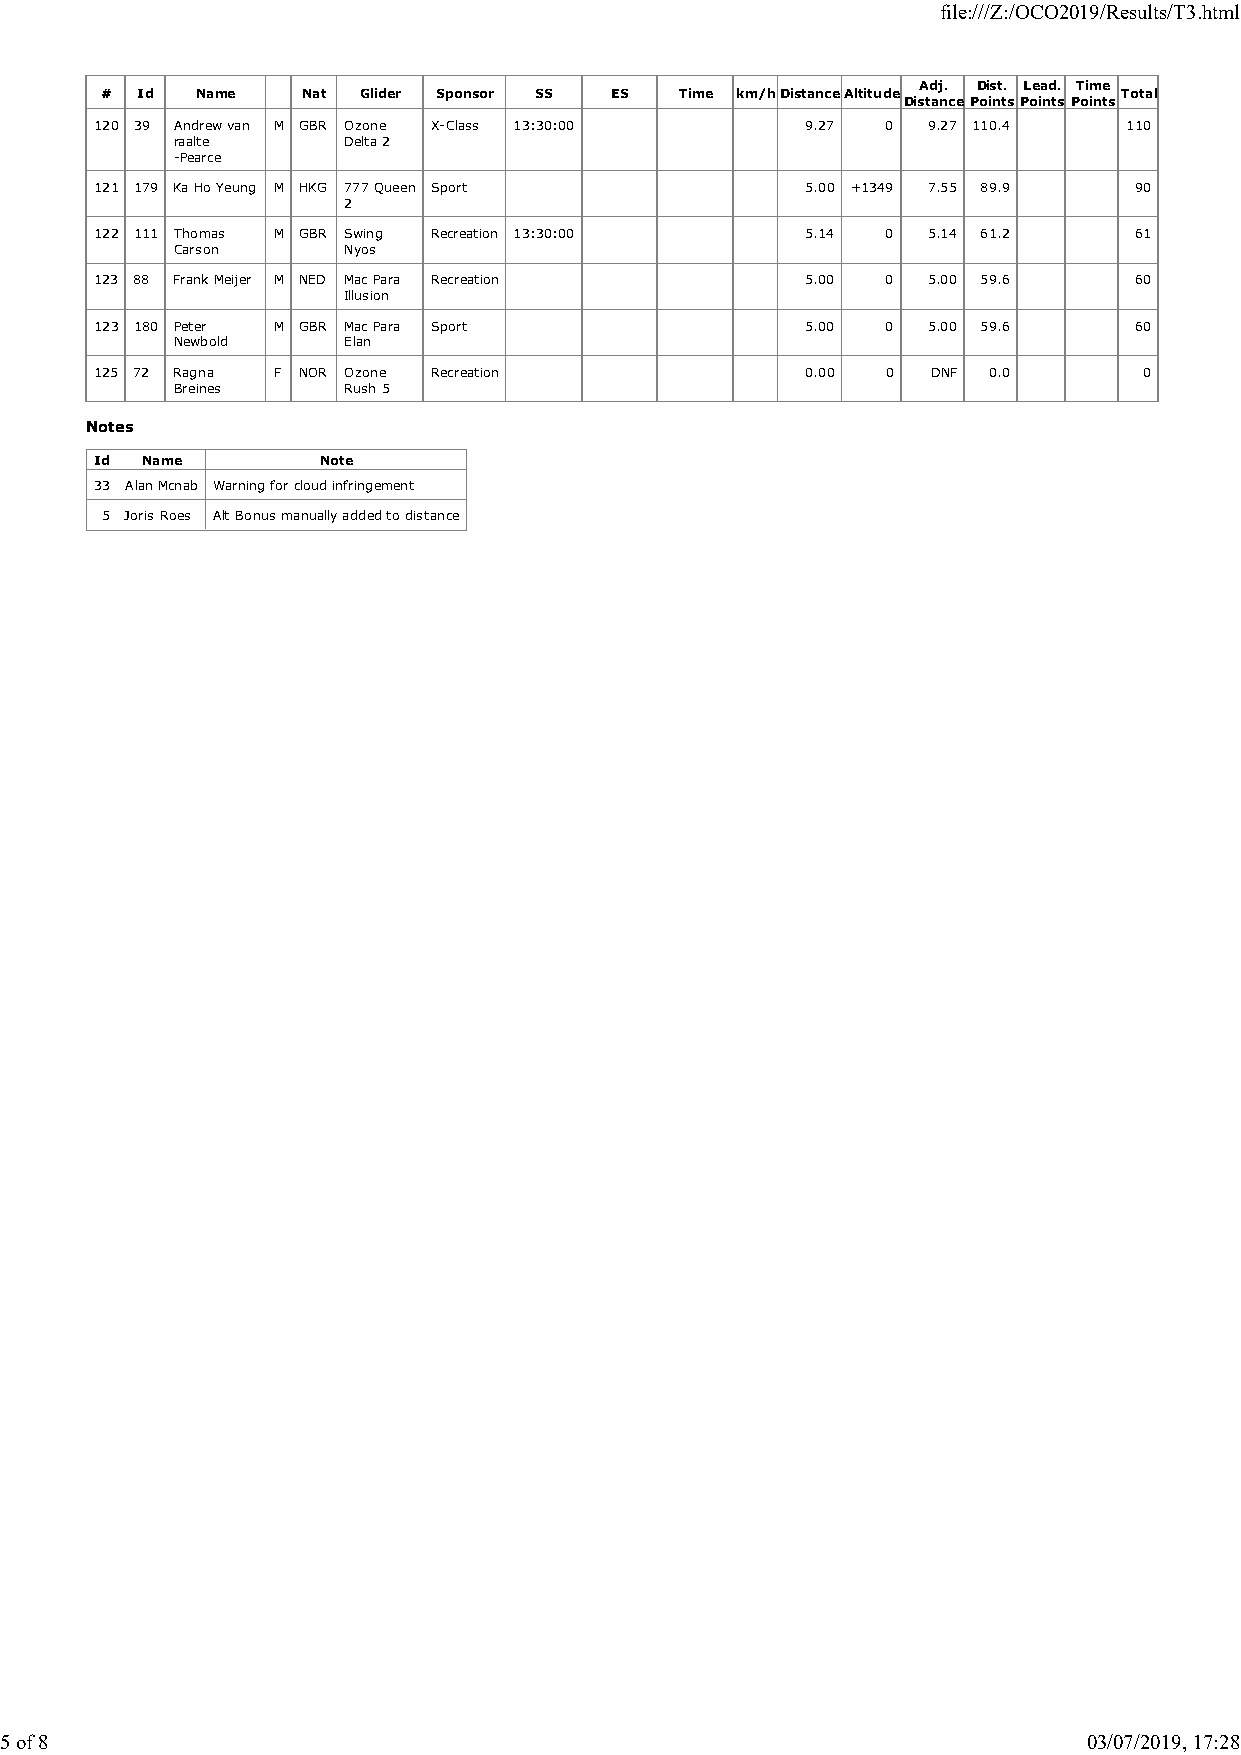
file:///Z:/OCO2019/Results/T3.html
 Adj. Dist. Lead. Time
 # Id  Name   Nat Glider Sponsor SS ES Time km/hDistanceAltitude    Total
 DistancePointsPointsPoints
 120 39 Andrew van M GBR Ozone X-Class 13:30:00 9.27  0 9.27 110.4    110
 raalte      Delta 2
 -Pearce
 121 179 Ka Ho Yeung M HKG 777 Queen Sport      5.00 +1349 7.55 89.9  90
 2
 122 111 Thomas M GBR Swing Recreation 13:30:00 5.14  0 5.14 61.2     61
 Carson      Nyos
 123 88 Frank Meijer M NED Mac Para Recreation  5.00  0 5.00 59.6     60
 Illusion
 123 180 Peter M GBR Mac Para Sport             5.00  0 5.00 59.6     60
 Newbold     Elan
 125 72 Ragna F NOR Ozone Recreation            0.00  0  DNF 0.0       0
 Breines     Rush 5
 Notes
 Id Name        Note
 33 Alan Mcnab Warning for cloud infringement
 5 Joris Roes Alt Bonus manually added to distance
 5 of 8                                                                  03/07/2019, 17:28